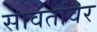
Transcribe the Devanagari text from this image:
सावंतांवर